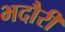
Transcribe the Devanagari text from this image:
भदौरी